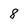
Character: 8